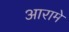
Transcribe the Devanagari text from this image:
आरामे